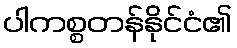
ပါကစ္စတန်နိုင်ငံ၏